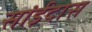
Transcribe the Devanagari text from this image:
सांईदास